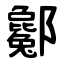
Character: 酁